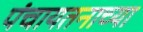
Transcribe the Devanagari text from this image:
पंचायतनाच्या